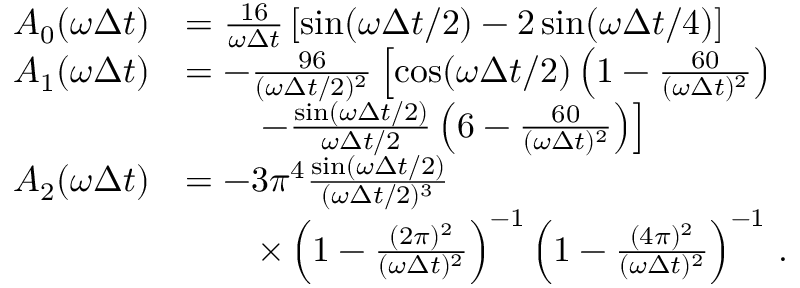
\begin{array} { r l } { A _ { 0 } ( \omega \Delta t ) } & { = \frac { 1 6 } { \omega \Delta t } \left[ \sin ( \omega \Delta t / 2 ) - 2 \sin ( \omega \Delta t / 4 ) \right] } \\ { A _ { 1 } ( \omega \Delta t ) } & { = - \frac { 9 6 } { ( \omega \Delta t / 2 ) ^ { 2 } } \left[ \cos ( \omega \Delta t / 2 ) \left( 1 - \frac { 6 0 } { ( \omega \Delta t ) ^ { 2 } } \right) \right. } \\ & { \qquad \left. - \frac { \sin ( \omega \Delta t / 2 ) } { \omega \Delta t / 2 } \left( 6 - \frac { 6 0 } { ( \omega \Delta t ) ^ { 2 } } \right) \right] } \\ { A _ { 2 } ( \omega \Delta t ) } & { = - 3 \pi ^ { 4 } \frac { \sin ( \omega \Delta t / 2 ) } { ( \omega \Delta t / 2 ) ^ { 3 } } } \\ & { \qquad \times \left( 1 - \frac { ( 2 \pi ) ^ { 2 } } { ( \omega \Delta t ) ^ { 2 } } \right) ^ { - 1 } \left( 1 - \frac { ( 4 \pi ) ^ { 2 } } { ( \omega \Delta t ) ^ { 2 } } \right) ^ { - 1 } \, . } \end{array}